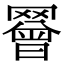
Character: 𦌝